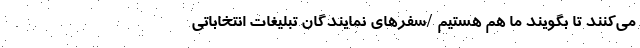
می‌کنند تا بگویند ما هم هستیم /سفرهای نمایندگان تبلیغات انتخاباتی